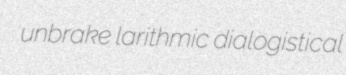
unbrake larithmic dialogistical